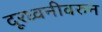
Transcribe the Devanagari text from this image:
दूरध्वनीवरुन